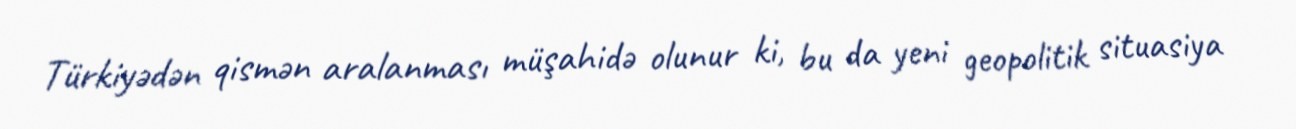
Türkiyədən qismən aralanması müşahidə olunur ki, bu da yeni geopolitik situasiya